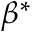
\beta ^ { * }